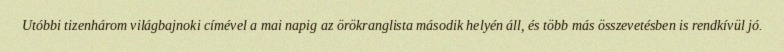
Utóbbi tizenhárom világbajnoki címével a mai napig az örökranglista második helyén áll, és több más összevetésben is rendkívül jó.